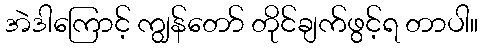
အဲဒါကြောင့် ကျွန်တော် တိုင်ချက်ဖွင့်ရ တာပါ။